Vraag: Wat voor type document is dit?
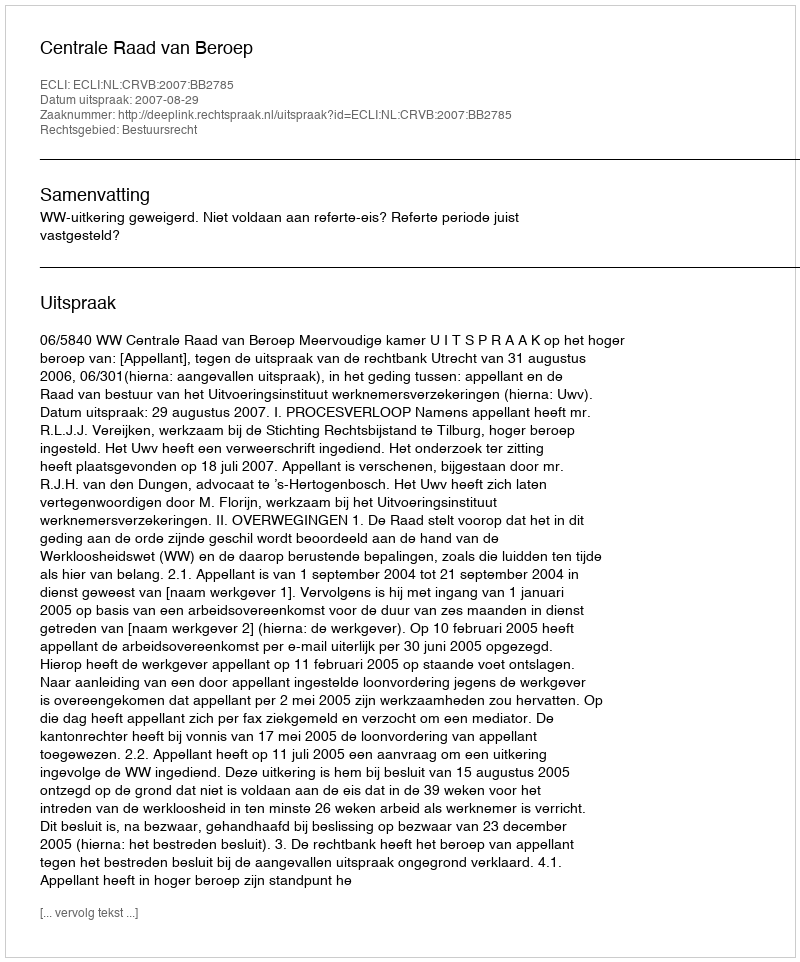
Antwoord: Uitspraak